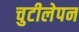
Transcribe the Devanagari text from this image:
चुटीलेपन